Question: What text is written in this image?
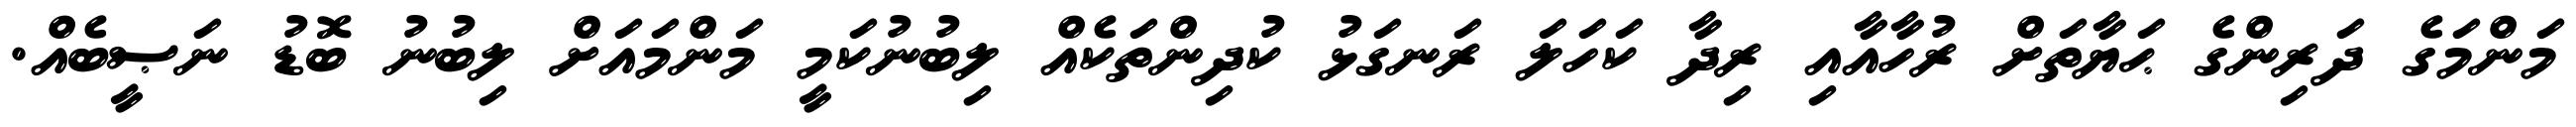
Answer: މަންމަގެ ދަރިންގެ ޙަޔާތަށް ރުހާއާއި ރިދާ ކަހަލަ ރަނގަޅު ކުދިންތަކެއް ލިބުނުކަމީ މަންމައަށް ލިބުނު ބޮޑު ނަޞީބެއް.